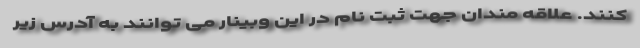
کنند. علاقه مندان جهت ثبت نام در این وبینار می توانند به آدرس زیر